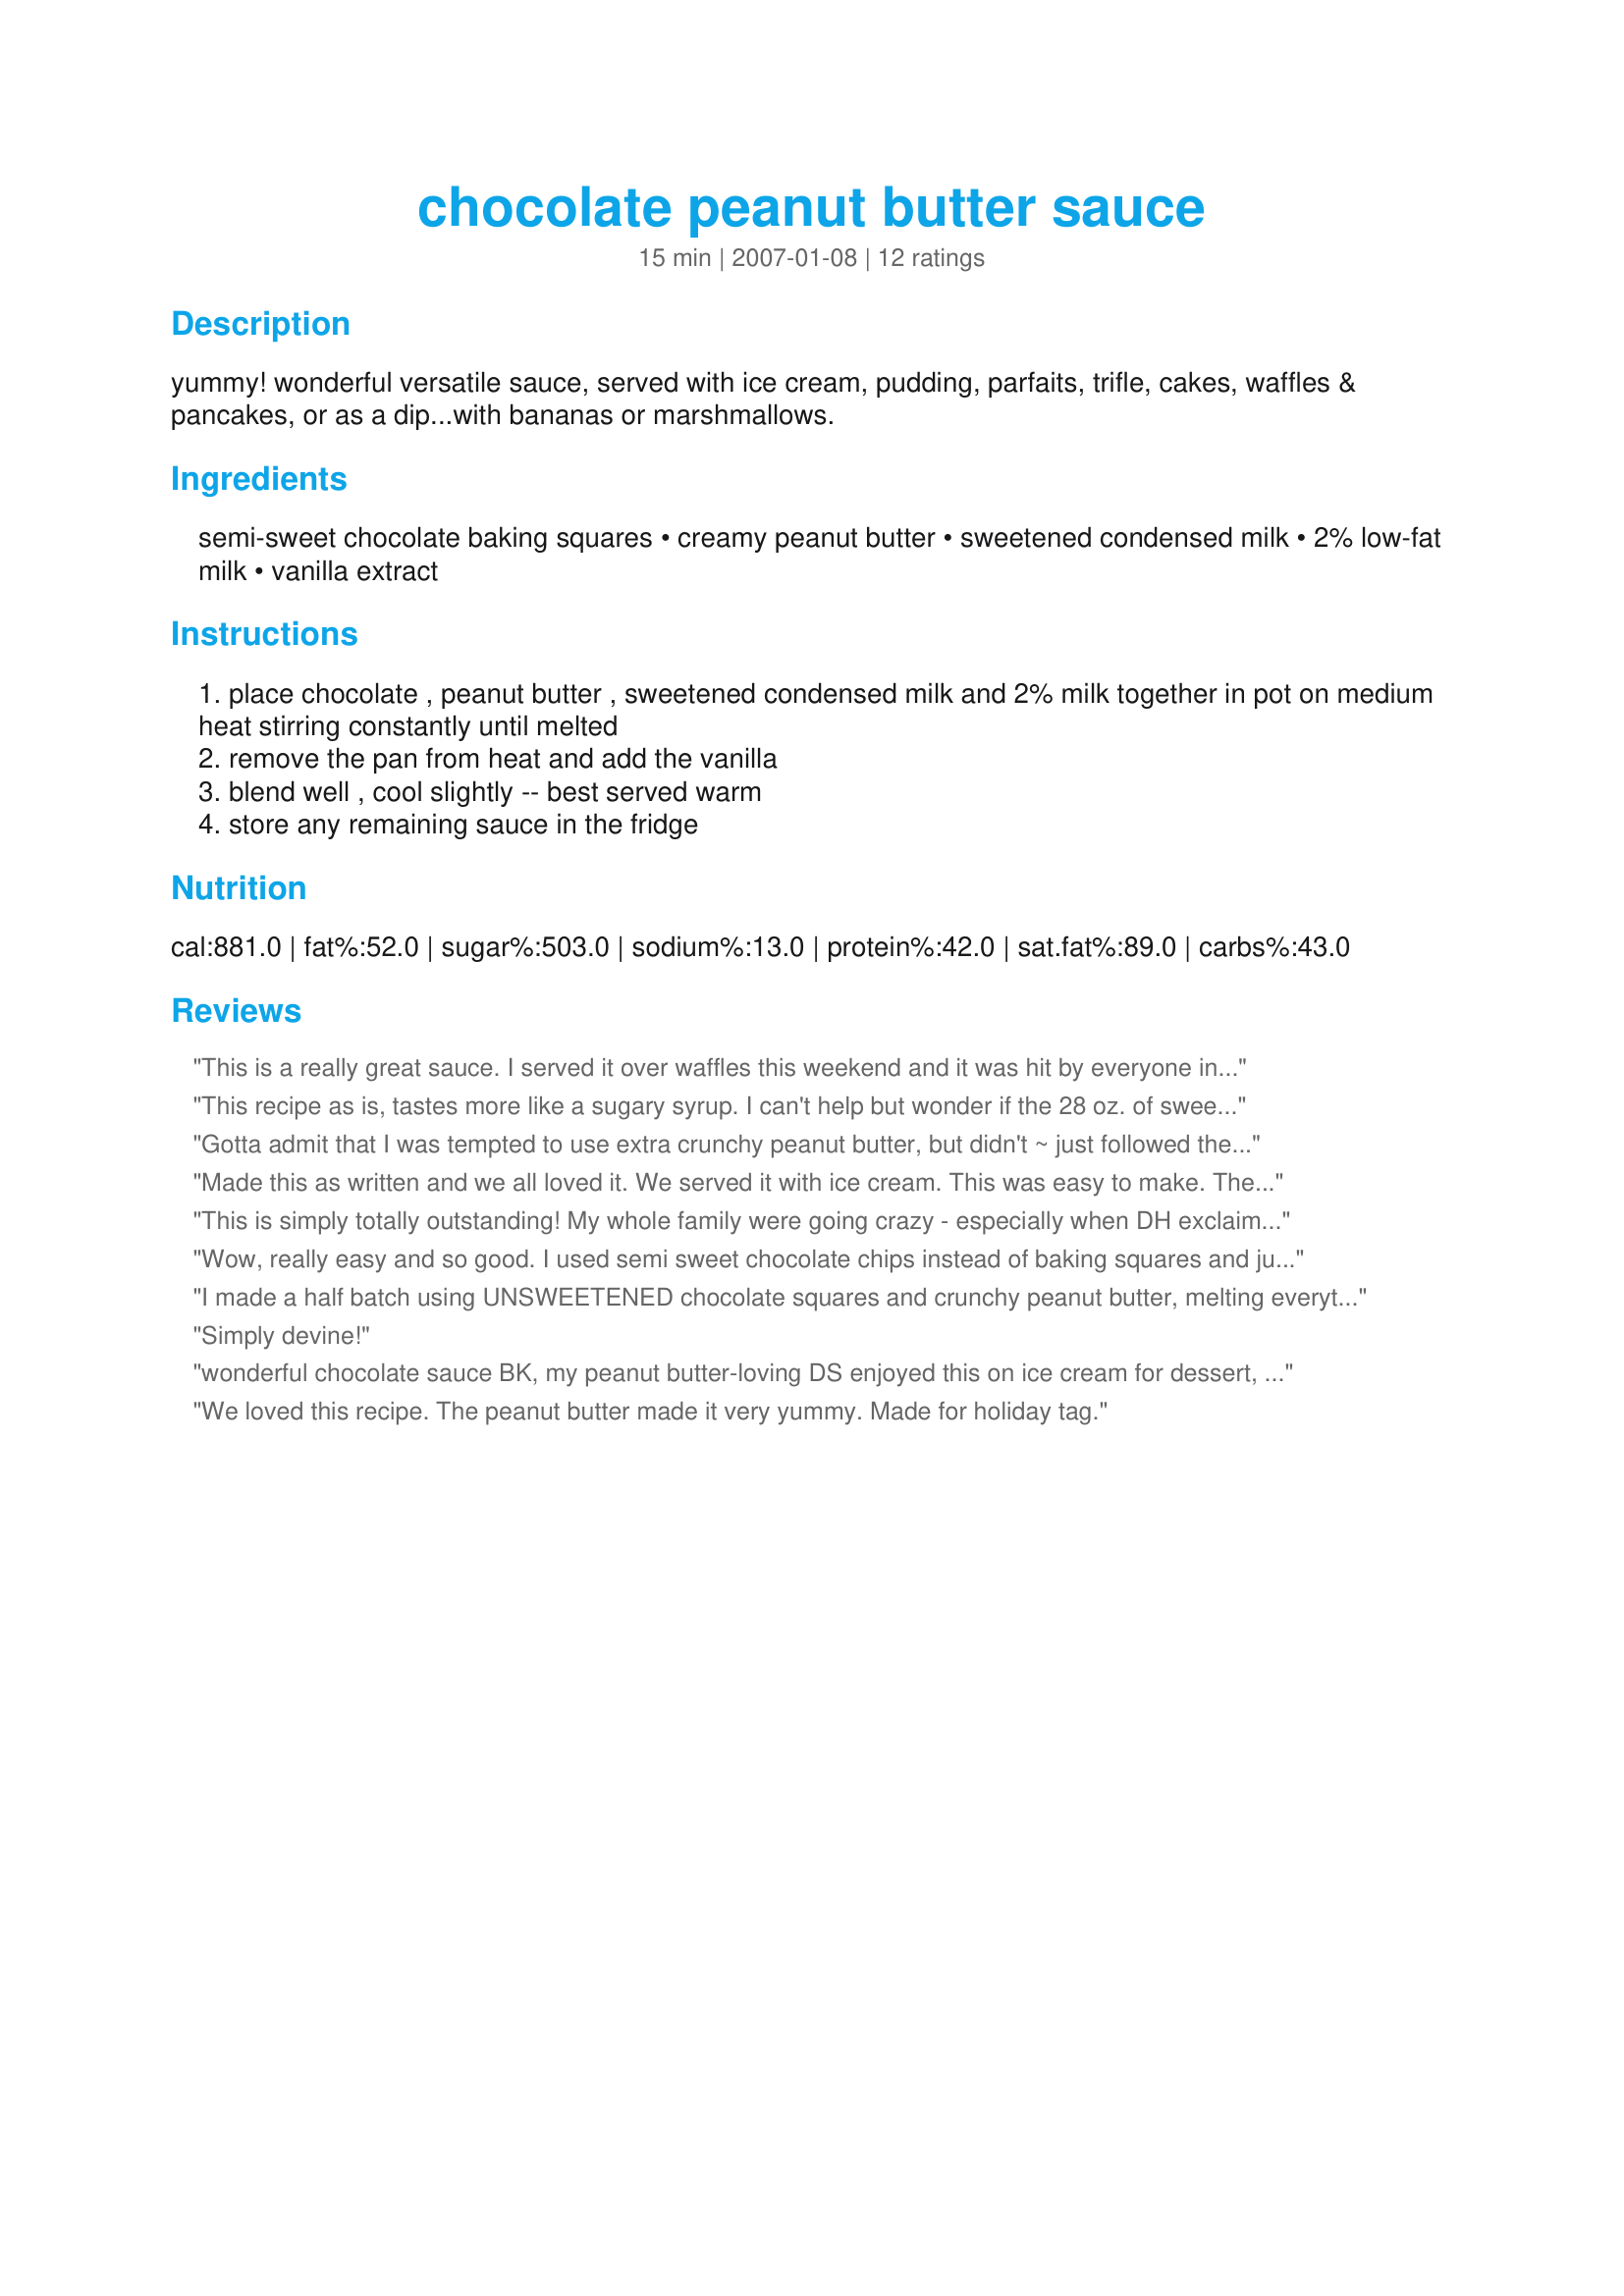
chocolate peanut butter sauce
Preparation time: 15 minutes

yummy! wonderful versatile sauce, served with ice cream, pudding, parfaits, trifle, cakes, waffles & pancakes, or as a dip...with bananas or marshmallows.

Ingredients:
semi-sweet chocolate baking squares, creamy peanut butter, sweetened condensed milk, 2% low-fat milk, vanilla extract

Steps:
place chocolate , peanut butter , sweetened condensed milk and 2% milk together in pot on medium heat stirring constantly until melted
remove the pan from heat and add the vanilla
blend well , cool slightly -- best served warm
store any remaining sauce in the fridge

Reviews:
This is a really great sauce. I served it over waffles this weekend and it was hit by everyone in my family. Thanks for sharing!
This recipe as is, tastes more like a sugary syrup. I can't help but wonder if the 28 oz. of sweetened condensed milk is a typo. I reduced the sweetened condensed milk to a 14 oz. can and it was a lot better, but I still could hardly taste the peanut butter and it needed a stronger chocolate flavor. I added 2 more ounces of chocolate and another tablespoon of peanut butter and it was wonderful.
Gotta admit that I was tempted to use extra crunchy peanut butter, but didn't ~ just followed the recipe exactly & the result is definitely OUTSTANDING! Even ate about 1/4 cup plain, which gave me my chocolate fix, & now I'm looking forward to using it on all kinds of things. Also want to use it as a fruit dip! And, one of the nice things about it is different kinds of baking squares or chocolate chips can be substituted! Many thanks for this great recipe!
Made this as written and we all loved it. We served it with ice cream. This was easy to make. The kids said this is one recipe I can make again LOL.
This is simply totally outstanding! My whole family were going crazy - especially when DH exclaimed that 'it might be the best thing I ever tasted' and proceeded to walk off with the bowI which led to our youngest hanging on to his shirt to stop him :) HAHA. I cut the recipe back by half and used a 300 ml can of sweetened cond milk which is around 10 oz, in effect cutting the sweetened cond milk back by 1/3. Even half a recipe gave lots of yummy sauce that will stretch far, unless DH gets his hands on it. It seriously took only 3 min to make. This is going straight into my 'Best of 2011' file.
Wow, really easy and so good. I used semi sweet chocolate chips instead of baking squares and just combined everything and melted it in the microwave for a couple of minutes. Thanks for sharing!
I made a half batch using UNSWEETENED chocolate squares and crunchy peanut butter, melting everything together except the 2% milk and vanilla, in a 750 watt microwave, in 2 minute increments for a total of 4 minutes. I then stirred in the vanilla and about 3 1/2 tablespoons 2% milk because I thought the sauce was a little thick. The sweetness was perfect! Tagged for Zaar Stars ~
Simply devine!
wonderful chocolate sauce BK, my peanut butter-loving DS enjoyed this on ice cream for dessert, I will make again soon!
We loved this recipe. The peanut butter made it very yummy. Made for holiday tag.
Really great sauce. I halved the recipe since my can of sweetened condensed milk was 14 oz. I think I would add a little more peanut butter, but then that is probably a personal preference since I've been know to just sit down with a jar of peanut butter and a spoon. Anyways, I served this over ice cream and it was fantastic. Sweet and creamy and the vanilla flavor is very subtle. Thanks BK!
We liked this sauce. I think we might like it even more with less condensed milk. That would make it less sweet and the chocolate and peanut butter could really shine through. It went well with waffles and pears, and also as a dip, as it is very thick. Serving size is extremely generous, we ate about 1.5 tablespoons per person each serving. Thanks, Baby Kato!
